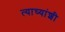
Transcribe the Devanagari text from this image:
त्याच्यांशी